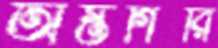
অস্তগিরি